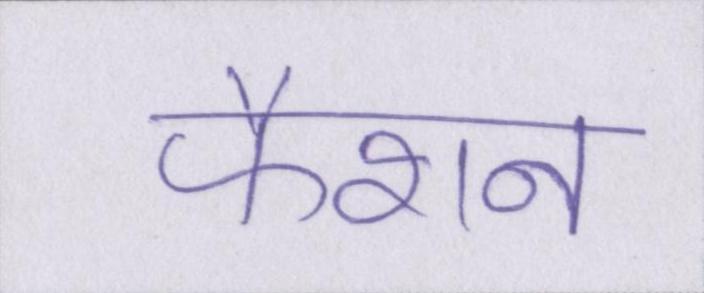
फैशन